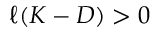
\ell ( K - D ) > 0